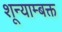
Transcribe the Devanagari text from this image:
शून्याम्बक्त